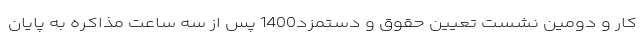
کار و دومین نشست تعیین حقوق و دستمزد1400 پس از سه ساعت مذاکره به پایان